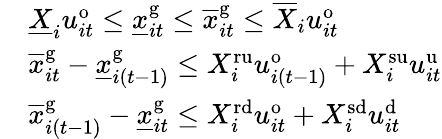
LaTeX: \begin{array}{rl}&{\underline{{X}}_{i}u_{it}^{\mathrm{o}}\leq\underline{{x}}_{it}^{\mathrm{g}}\leq\overline{{x}}_{it}^{\mathrm{g}}\leq\overline{{X}}_{i}u_{it}^{\mathrm{o}}}\\ &{\overline{{x}}_{it}^{\mathrm{g}}-\underline{{x}}_{i\left(t-1\right)}^{\mathrm{g}}\leq X_{i}^{\mathrm{ru}}u_{i(t-1)}^{\mathrm{o}}+X_{i}^{\mathrm{su}}u_{it}^{\mathrm{u}}}\\ &{\overline{{x}}_{i\left(t-1\right)}^{\mathrm{g}}-\underline{{x}}_{it}^{\mathrm{g}}\leq X_{i}^{\mathrm{rd}}u_{it}^{\mathrm{o}}+X_{i}^{\mathrm{sd}}u_{it}^{\mathrm{d}}}\end{array}